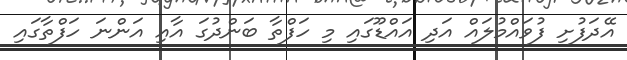
އޭދަފުށި ފުވައްމުލައް އަދި އައްޑޫގައި މި ހަފްތާ ބަންދުގަ އާއި އަންނަ ހަފްތާގައި